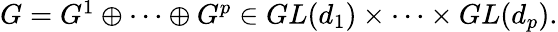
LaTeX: \begin{array}{r}{G=G^{1}\oplus\cdots\oplus G^{p}\in GL(d_{1})\times\cdots\times GL(d_{p}).}\end{array}